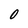
Character: O